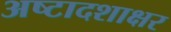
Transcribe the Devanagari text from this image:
अष्टादशाक्षर